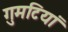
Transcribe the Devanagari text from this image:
गुमटियां